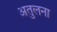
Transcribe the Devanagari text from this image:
अतुलना